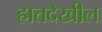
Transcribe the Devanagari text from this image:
हातदेखील